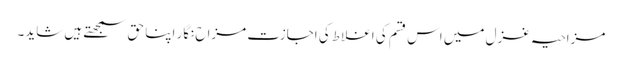
مزاحیہ غزل میں اس قسم کی اغلاط کی اجازت مزاح نگار اپنا حق سمجھتے ہیں شاید۔